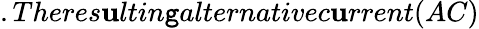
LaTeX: .Theres\mathbf{u}ltin\mathtt{g}alternativec\mathbf{u}rrent(AC)